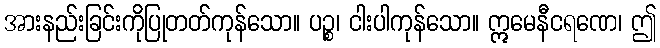
အားနည်းခြင်းကိုပြုတတ်ကုန်သော။ ပဉ္စ၊ ငါးပါကုန်သော။ ဣမေနီငရဏေ၊ ဤ